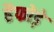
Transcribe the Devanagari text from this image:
हैफोड़े